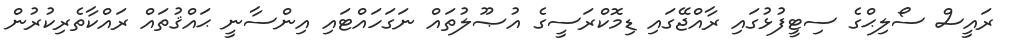
ރައީސް ސޯލިޙްގެ ސިޓީފުޅުގައި ރާއްޖޭގައި ޑިމޮކްރަސީގެ އުޞޫލުތައް ނަގަހައްޓައި އިންސާނީ ޙައްޤުތައް ރައްކާތެރިކުރުން